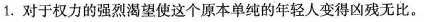
1.对于权力的强烈渴望使这个原本单纯的年轻人变得凶残无比。